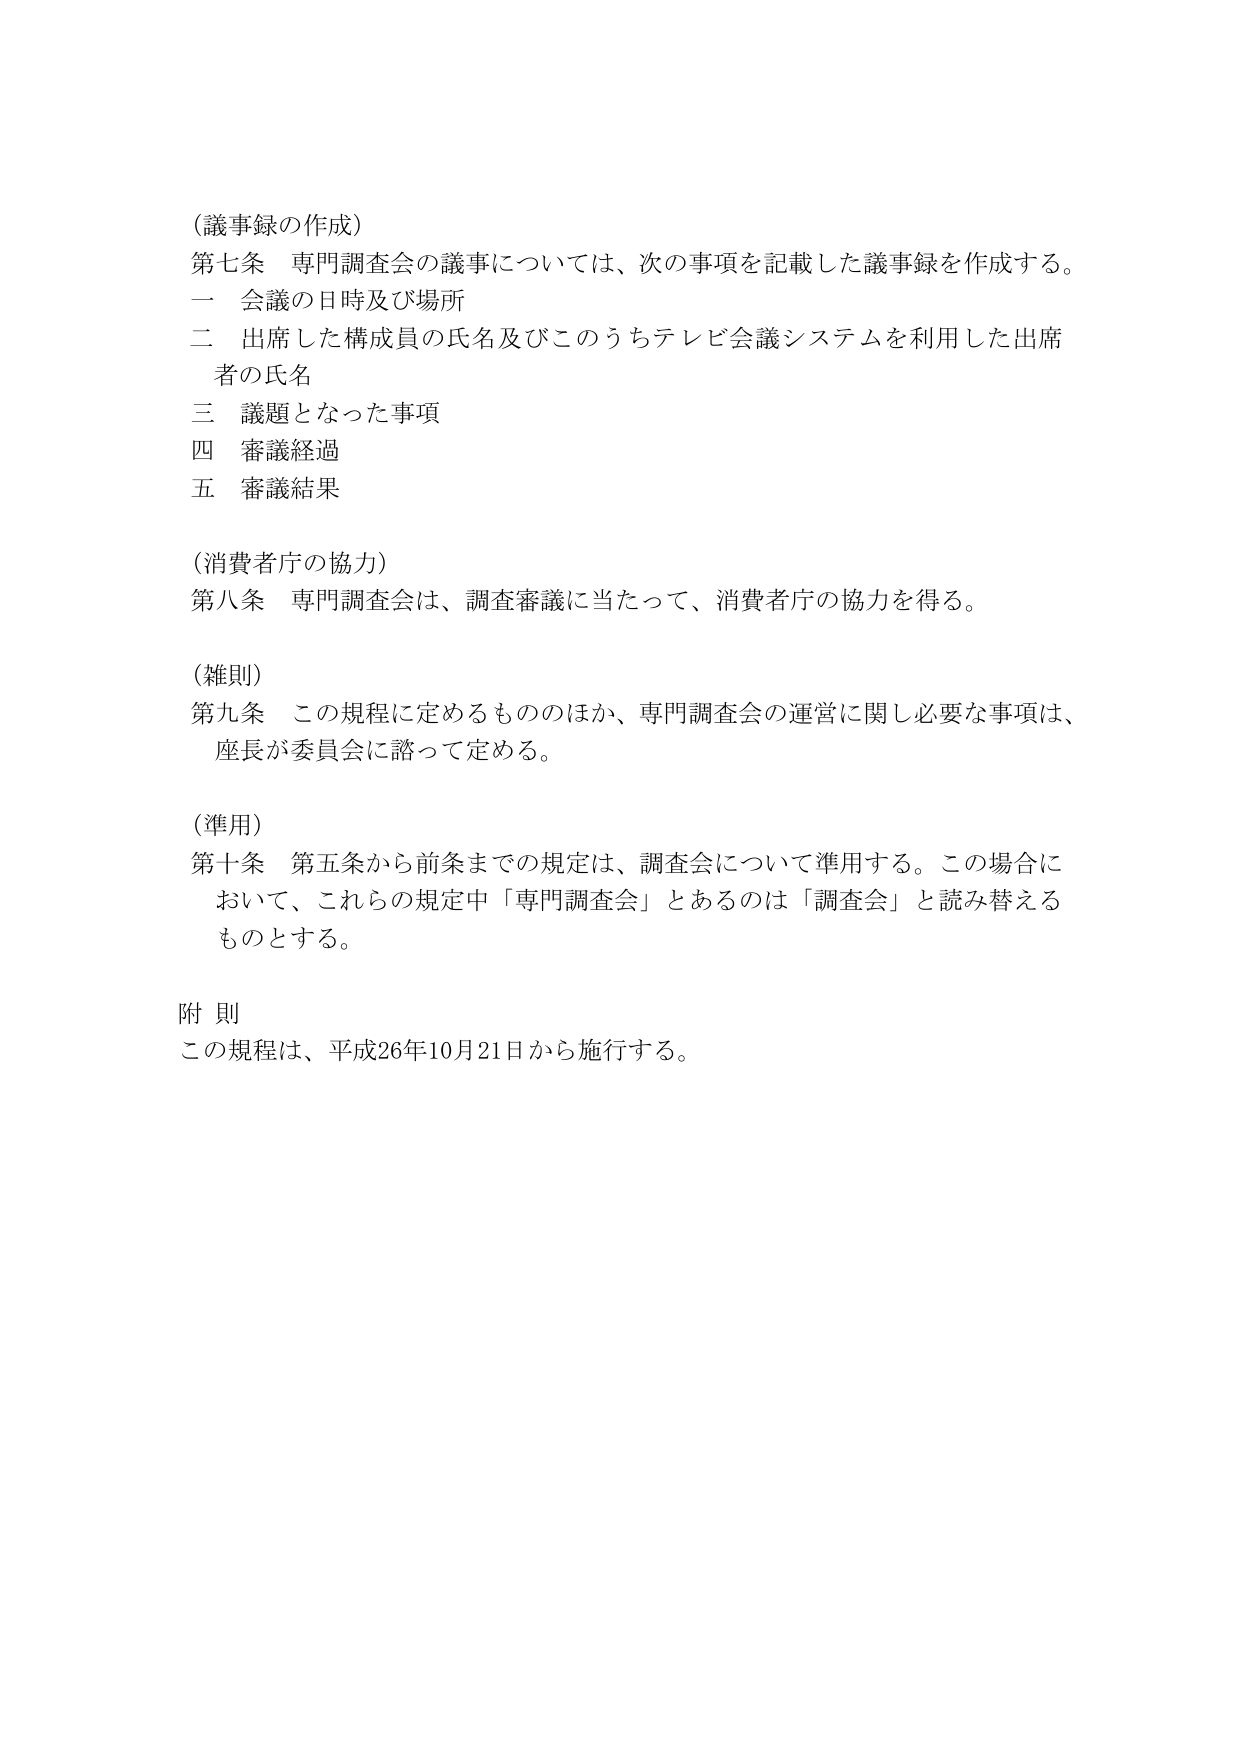
（議事録の作成）
第七条 専門調査会の議事については、次の事項を記載した議事録を作成する。
一 会議の日時及び場所
二 出席した構成員の氏名及びこのうちテレビ会議システムを利用した出席者の氏名
三 議題となった事項
四 審議経過
五 審議結果

（消費者庁の協力）
第八条 専門調査会は、調査審議に当たって、消費者庁の協力を得る。

（雑則）
第九条 この規程に定めるもののほか、専門調査会の運営に関し必要な事項は、座長が委員会に諮って定める。

（準用）
第十条 第五条から前条までの規定は、調査会について準用する。この場合において、これら の規定中「専門調査会」とあるのは「調査会」と読み替えるものとする。

附 則
この規程は、平成26年10月21日から施行する。